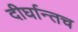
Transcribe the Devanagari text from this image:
दीर्घान्तच